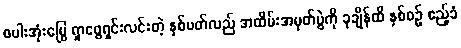
စပါးအုံးမြွေ ရှာဖွေရှင်းလင်းတဲ့ နှစ်ပတ်လည် အထိမ်းအမှတ်ပွဲကို ခုချိန်ထိ နှစ်စဉ် ဧည့်ခံ